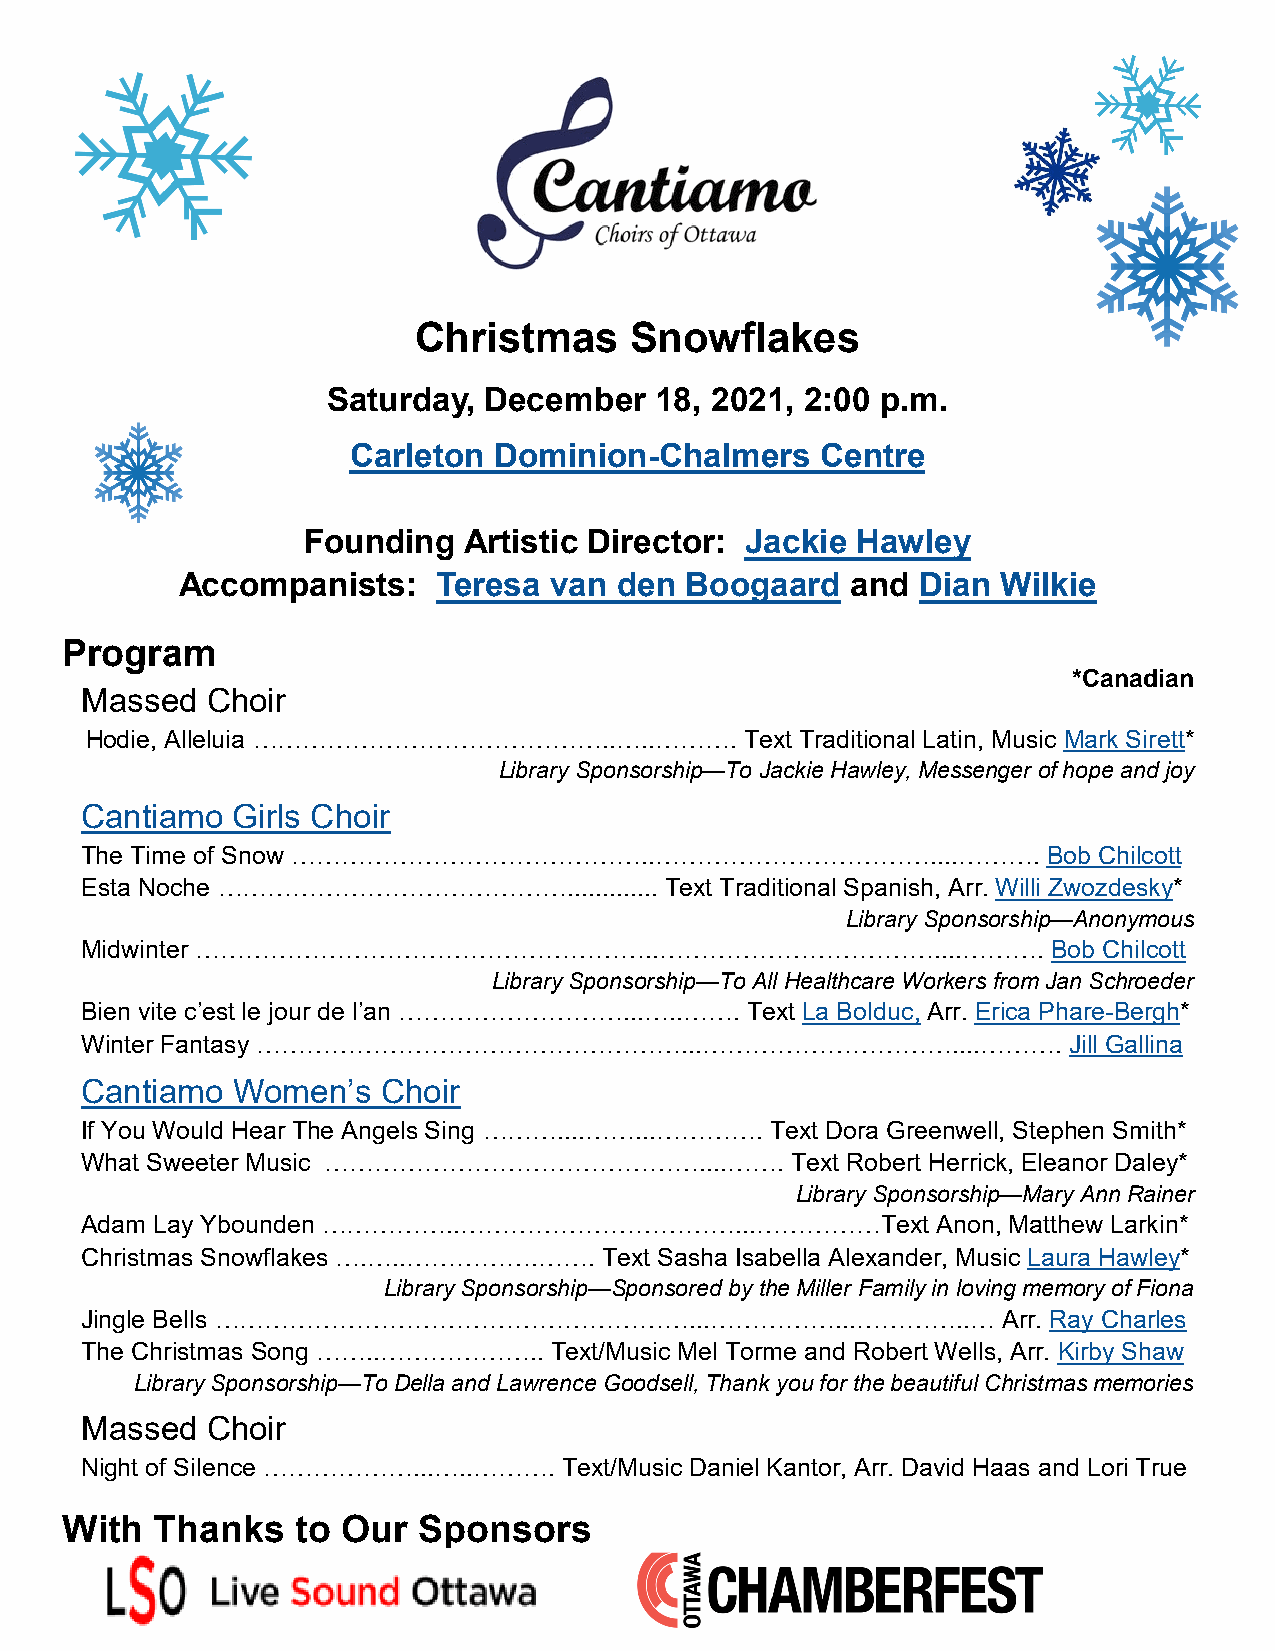
Christmas      Snowflakes
 Saturday, December   18, 2021, 2:00 p.m.
 Carleton  Dominion-Chalmers    Centre
 Founding   Artistic Director: Jackie Hawley
 Accompanists:    Teresa van  den Boogaard   and  Dian Wilkie
 Program
 *Canadian
 Massed   Choir
 Hodie, Alleluia ……………………………………..…..……….    Text Traditional Latin, Music Mark Sirett*
 Library Sponsorship—To Jackie Hawley, Messenger of hope and joy
 Cantiamo  Girls Choir
 The Time of Snow ……………………………………..……………………………....……….            Bob Chilcott
 Esta Noche ……………………………………............. Text Traditional Spanish, Arr. Willi Zwozdesky*
 Library Sponsorship—Anonymous
 Midwinter ………………………………………………..……………………………....……….                Bob Chilcott
 Library Sponsorship—To All Healthcare Workers from Jan Schroeder
 Bien vite c’est le jour de l’an ………………………...…..……. Text La Bolduc, Arr. Erica Phare-Bergh*
 Winter Fantasy ……………………………………………...…………………………....……….             Jill Gallina
 Cantiamo  Women’s   Choir
 If You Would Hear The Angels Sing ………....……...…………. Text Dora Greenwell, Stephen Smith*
 What Sweeter Music ………………………………………....…….      Text Robert Herrick, Eleanor Daley*
 Library Sponsorship—Mary Ann Rainer
 Adam Lay Ybounden ……………..……………………………...……………Text         Anon, Matthew Larkin*
 Christmas Snowflakes ….…..…………….……. Text Sasha Isabella Alexander, Music Laura Hawley*
 Library Sponsorship—Sponsored by the Miller Family in loving memory of Fiona
 Jingle Bells …………………………………………………...……………...…………..…           Arr. Ray Charles
 The Christmas Song ……..……………….. Text/Music Mel Torme and Robert Wells, Arr. Kirby Shaw
 Library Sponsorship—To Della and Lawrence Goodsell, Thank you for the beautiful Christmas memories
 Massed   Choir
 Night of Silence ………………...…..………. Text/Music Daniel Kantor, Arr. David Haas and Lori True
 With  Thanks    to Our  Sponsors